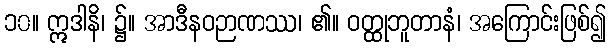
၁၀။ ဣဒါနိ၊ ၌။ အာဒီနဝဉာဏဿ၊ ၏။ ဝတ္ထုဘူတာနံ၊ အကြောင်းဖြစ်၍